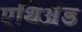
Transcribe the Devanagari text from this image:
एथिॲड